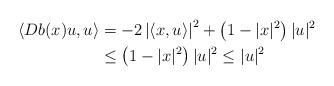
LaTeX: \begin{align*}\left\langle Db(x) u, u \right\rangle &= -2 \left| \left\langle x, u \right\rangle \right|^2 + \left( 1 - |x|^2 \right) | u |^2 \\&\leq \left( 1 - |x|^2 \right) |u|^2 \leq |u|^2\end{align*}